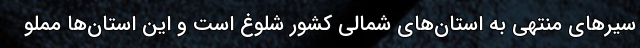
سیرهای منتهی به استان‌های شمالی کشور شلوغ است و این استان‌ها مملو